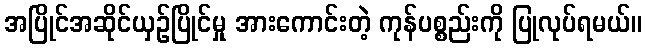
အပြိုင်အဆိုင်ယှဉ်ပြိုင်မှု အားကောင်းတဲ့ ကုန်ပစ္စည်းကို ပြုလုပ်ရမယ်။